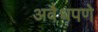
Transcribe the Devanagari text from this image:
अवैधपणे